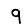
Digit: 9